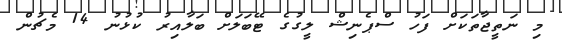
މި ނަތީޖާތަކަށް ފަހު ސްޕެނިޝް ލީގުގެ ޓޭބަލަށް ބަލާއިރު ކުޅުނު 14 މެޗުން